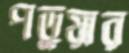
পড়ুয়ার